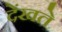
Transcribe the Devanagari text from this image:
देंखते